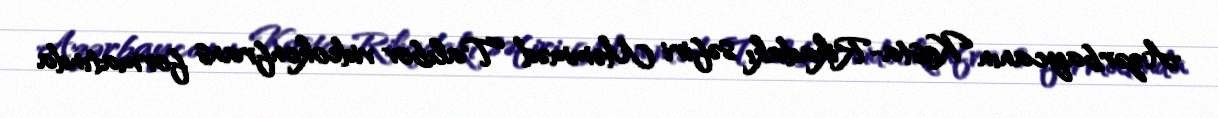
Azərbaycanın Kosta-Rikadakı səfiri Məmməd Talıbov videokonfrans formatında